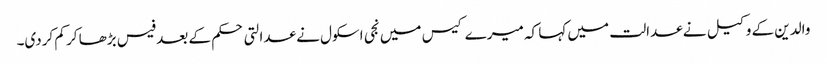
والدین کے وکیل نے عدالت میں کہا کہ میرے کیس میں نجی اسکول نے عدالتی حکم کے بعد فیس بڑھا کر کم کردی۔